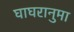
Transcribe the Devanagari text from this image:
घाघरानुमा